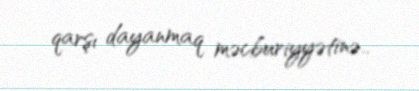
qarşı dayanmaq məcburiyyətinə..